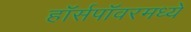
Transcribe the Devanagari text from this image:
हॉर्सपॉवरमध्ये